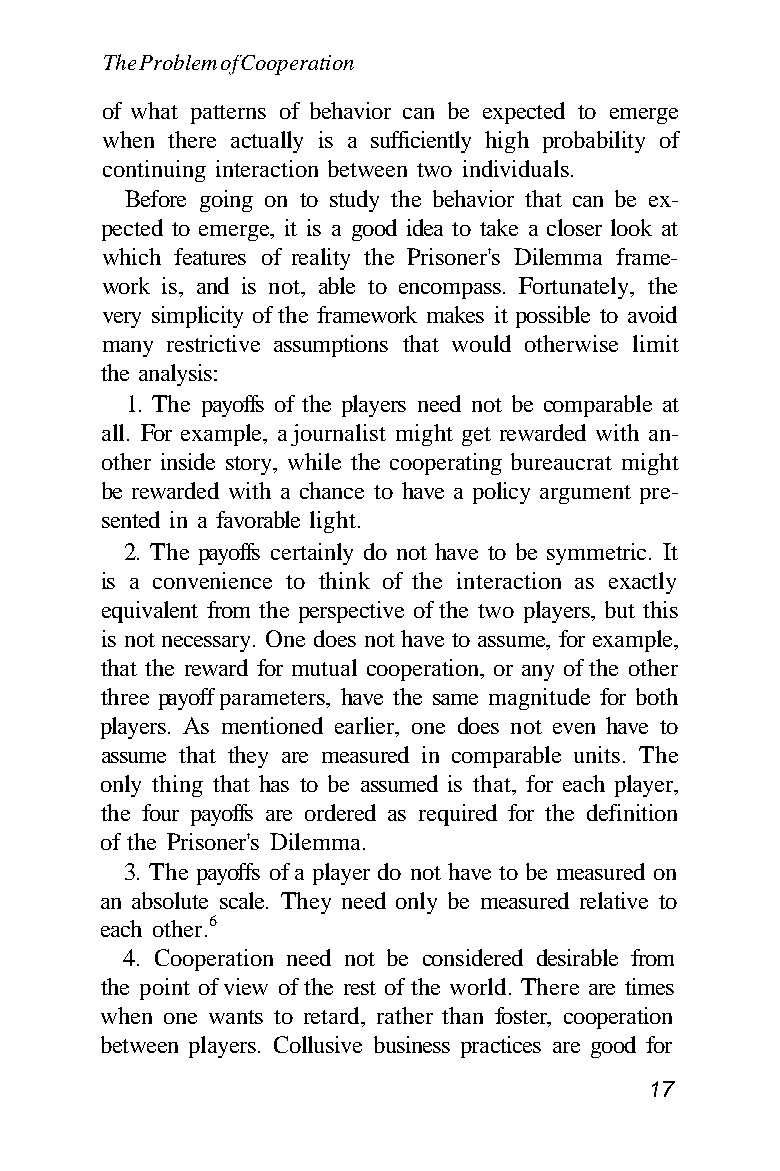
The Problem of Cooperation
 of what patterns of behavior can be expected to emerge
 when there actually is a sufficiently high probability of
 continuing interaction between two individuals.
 Before going on to study the behavior that can be ex-
 pected to emerge, it is a good idea to take a closer look at
 which features of reality the Prisoner's Dilemma frame-
 work is, and is not, able to encompass. Fortunately, the
 very simplicity of the framework makes it possible to avoid
 many restrictive assumptions that would otherwise limit
 the analysis:
 1. The payoffs of the players need not be comparable at
 all. For example, a journalist might get rewarded with an-
 other inside story, while the cooperating bureaucrat might
 be rewarded with a chance to have a policy argument pre-
 sented in a favorable light.
 2. The payoffs certainly do not have to be symmetric. It
 is a convenience to think of the interaction as exactly
 equivalent from the perspective of the two players, but this
 is not necessary. One does not have to assume, for example,
 that the reward for mutual cooperation, or any of the other
 three payoff parameters, have the same magnitude for both
 players. As mentioned earlier, one does not even have to
 assume that they are measured in comparable units. The
 only thing that has to be assumed is that, for each player,
 the four payoffs are ordered as required for the definition
 of the Prisoner's Dilemma.
 3. The payoffs of a player do not have to be measured on
 an absolute scale. They need only be measured relative to
 each other.6
 4. Cooperation need not be considered desirable from
 the point of view of the rest of the world. There are times
 when one wants to retard, rather than foster, cooperation
 between players. Collusive business practices are good for
 17